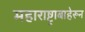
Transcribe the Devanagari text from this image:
महाराष्ट्राबाहेरून